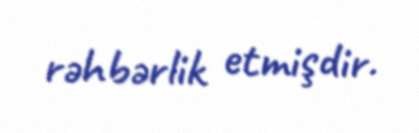
rəhbərlik etmişdir.